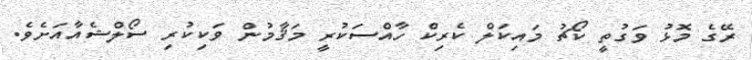
ރޭގެ މޮޅު ވަގުތީ ކޯޗު މައިކަލް ކެރިކް ހާއްސަކުރީ މަޤާމުން ވަކިކުރި ސޯލްޝެއާއަށެވެ.